Memorandum on the prevention of leprosy by segregation of the affected
Disease focus: Leprosy
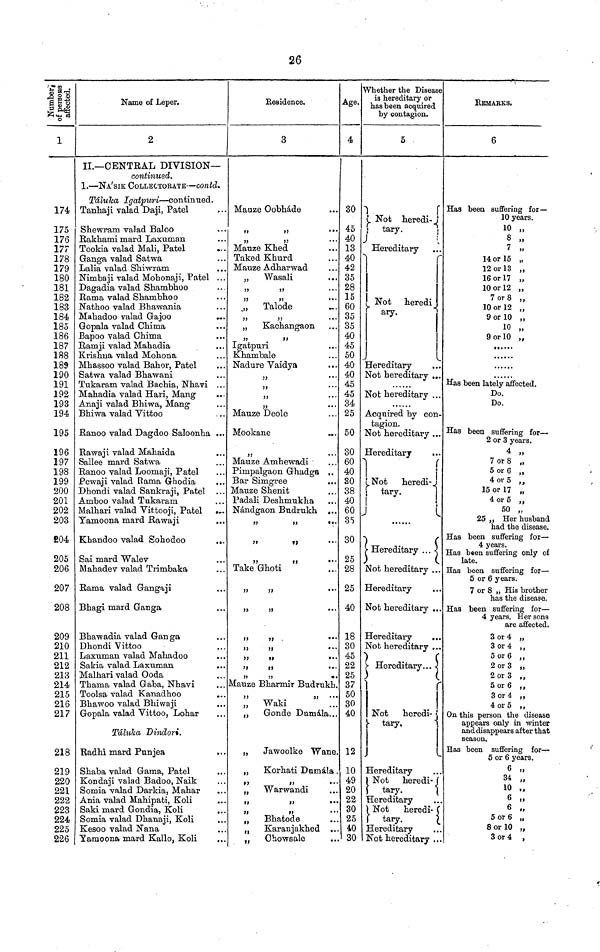
26
1
174
175
176
177
178
179
180
181
182
183
184
185
186
187
188
189
190
191
192
193
194
195
196
197
198
199
200
201
202
203
E04
205
206
207
208
209
210
211
212
213
214
215
216
217
218
219
220
221
222
223
224
225
226
Name of Leper.
2
II.— CENTRAL DIVISION—
continued.
1. — NA'SIK COLLECTORATE — contd.
Táluka Igatpuri — continued.
Tanhaji valad Daji" Patel
Shewram valad Baloo
Rakhami mard Laxuman
Tookia valad Mali" Patel
Ganga valad Satwa
Lalia valad Shiwram
Nimbaji valad Mohonaji" Patel ...
Dagadia valad Shambhoo
Rama valad Shambhoo
Nathoo valad Bhawania
Mahadoo valad Gajoo
...
Gopala valad Chima
Bapoo valad Chima
Ramji valad Mahadia
Krishna valad Mohona
Mhassoo valad Bahor" Patel
Satwa valad Bhawani
Tukaram valad Bachia" Nhavi ...
Mahadia valad Hari" Mang
Anaji valad Bhiwa" Mang
Bhiwa valad Vittoo
Ranoo valad Dagdoo Saloonha ...
Rawaji valad Mahaida
Sallee mard Satwa
Ranoo valad Loomaji" Patel
Pewaji valad Rama Ghodia
Dhondi valad Sankraji" Patel
Amboo valad Tukaram
Malhari valad Vittooji" Patel
Yamoona mard Rawaji
...
Khandoo valad Sohodoo
...
Sai mard Walev
Mahadev valad Trimbaka
Rama valad Gangaji
Bhagi mard Ganga
Bhawadia valad Ganga
Dhondi Vittoo
Laxuman valad Mahadoo
Sakia valad Laxuman
Malhari valad Ooda
Thama valad Gaba" Nhavi
Toolsa valad Kanadhoo
...
Bhawoo valad Bhiwaji
Gopala valad Vittoo" Lohar
Tálulca Dindor.
Radhi mard Punjea
Shaba valad Gama" Patel
Kondaji valad Badoo" Naik
Somia valad Darkia" Mahar
Ania valad Mahipati" Koli
Saki mard Gondia" Koli
Somia valad Dhanaji" Koli
Kesoo valad Nana
Yamoona mard Kallo" Koli
Residence.
3
Mauze Oobháde
"
"
"
Mauze Khed
Taked Khurd
Mauze Adharwad
" Wasali
. . .
"
"
Talode
"
...
"
Kachangaon
"
"
Igatpuri
Khambale
Nadure Vaidya
...
"
"
...
"
...
"
"
...
Mauze Deole
Mookane
"
...
Mauze Amhewadi
Pimpalgaon Ghadga ..
Bar Simgree
Mauze Shenit
Padali Deshmukha
Nándgaon Budrukh ...
"
"
...
Take Ghoti
•••
"
"
•••
"
"
.
•••
"
"
•••
"
"
•••
"
"
"
"
••
Mauze Bharmir Budrukh.
"
"
„
Waki
„
Gonde Dumála...
"
Jawoolke Wane.
„
Korhati Dumála .
"
"
•••
„ Warwandi
"
"
•••
"
"
•••
„
Bhatode
„
Karanjakhed ...
"
Ohowsale
Age.
4
30
45
40
13
40
42
35
28
15
60
35
35
40
45
50
40
40
45
45
34
25
50
30
60
40
80
38
40
60
35
30
25
28
25
40
18
30
45
22
25
37
50
30
40
12
10
49
20
22
30
25
40
30
Whether the Disease
is hereditary or
has been acquired
by contagion.
5
Not heredi-
tary.
Hereditary
Not heredi
ary.
Hereditary
Not hereditary ...
Not hereditary ...
Acquired by con-
tagion.
Not hereditary ...
Hereditary
Not
heredi-
tary.
Hereditary . . .
Not hereditary ...
Hereditary
Not hereditary ...
Hereditary
Not hereditary ...
Hereditary...
Not
heredi-
tary"
Hereditary
Not heredi-
tary"
Hereditary
Not
heredi-
tary.
Hereditary
Not hereditary ...
REMARKS.
6
Has been suffering for —
10 years.
10 „
8 „
7 „
14 or 15 „
12 or 13 "
16 or 17 „
10 or 12 „
7 or 8 "
10 or 12 "
9 or 10 „
10 „
9 or 10 „
•••••
••••••
Has been lately affected.
Do.
Do.
Has been suffering for —
2
_ or 3 years.
or 3 years.
4 „
7 or 8 „
5 or 6 "
4 or 5 „
15 or 17 „
4 or 5 "
50 „
25 " Her husband
had the disease.
Has been suffering for —
4 years.
Has been suffering only of
late.
Has been suffering for —
5 or 6 years.
7 or 8 „ His brother
has the disease.
Has been suffering for —
4 years. Her sons
are affected.
3 or 4 „
3 or 4 "
5 or 6 "
2 or 3 „
2 or 3 „"
5 or 6 "
3 or 4 "
4 or 5 "
On this person the disease
appears only in winter
and disappears after that
season.
Has been suffering for —
5 or 6 years.
6 „
34 „
10
6 „
6 „
5 or 6 „
8 or 10 „
3 or 4 "